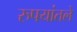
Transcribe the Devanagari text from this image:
रुपयांतले